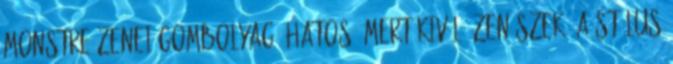
monstre zenei gombolyag. Hatos, mert kiváló zenészek, a stílus